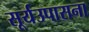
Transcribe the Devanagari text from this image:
सूर्यउपासना